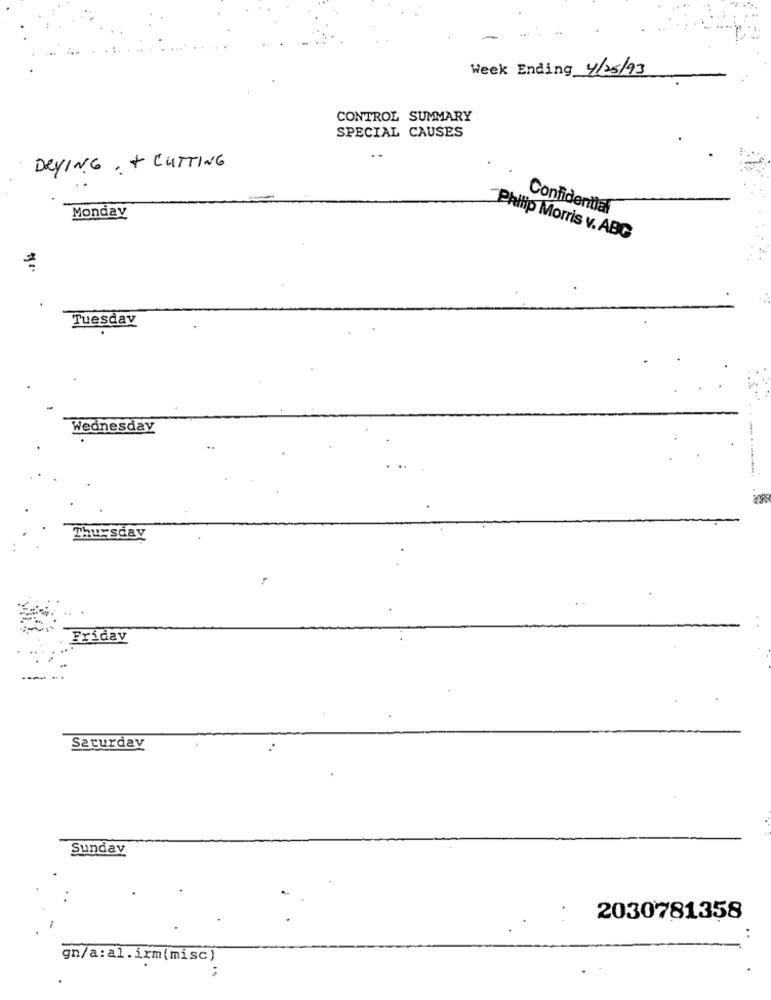
Week Ending 4/25/93
CONTROL SUMMARY
SPECIAL CAUSES
..
DRYING + CUTTING
Monday
Confidential
Philip Morris v. ABG
Tuesday
Wednesday
Thursday
Fridav
Saturday
Sunday
2030781358
..
gn/a:al.irm(misc)